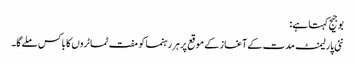
بوجیج کہتا ہے:
نئی پارلیمنٹ مدت کے آغاز کے موقع پرہر رہنما کو مفت ٹماٹروں کا باکس ملےگا۔